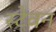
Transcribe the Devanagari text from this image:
स्टेवन